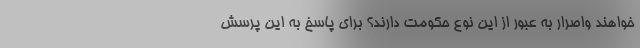
خواهند واصرار به عبور از این نوع حکومت دارند؟ برای پاسخ به این پرسش